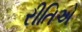
રીતિએ